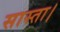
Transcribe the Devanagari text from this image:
सास्ता।